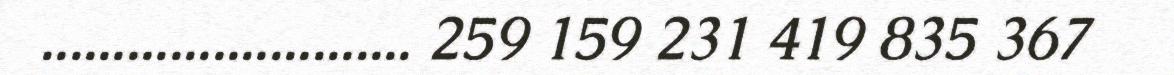
.......................... 259 159 231 419 835 367